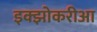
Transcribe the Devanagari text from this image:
इक्झोकरीआ